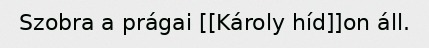
Szobra a prágai [[Károly híd]]on áll.